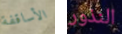
الأساقفة النذور